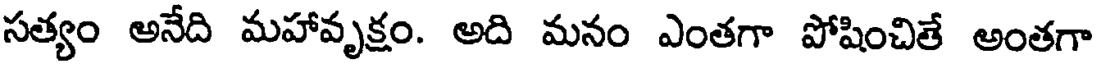
సత్యం అనేది మహావృక్షం. అది మనం ఎంతగా పోషించితే అంతగా